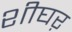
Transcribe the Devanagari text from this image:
शीघऱ